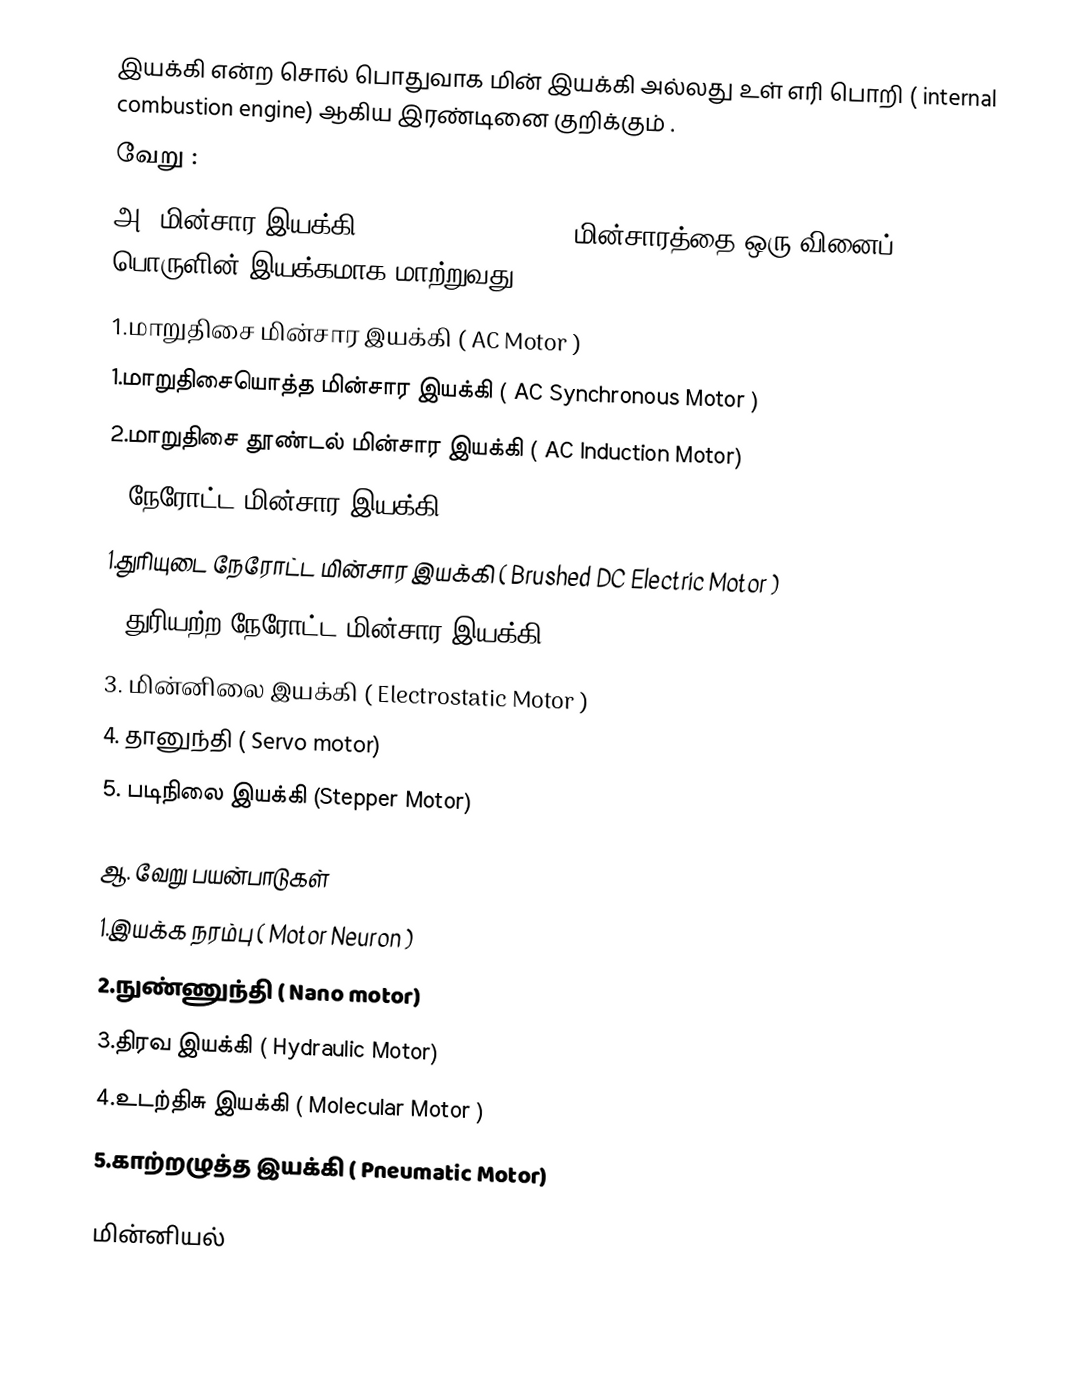
இயக்கி என்ற சொல் பொதுவாக மின் இயக்கி அல்லது உள் எரி பொறி ( internal combustion engine) ஆகிய இரண்டினை குறிக்கும்  .
வேறு :
அ. மின்சார இயக்கி ( Electric Motor ) ,  மின்சாரத்தை ஒரு வினைப் பொருளின் இயக்கமாக மாற்றுவது .
1.மாறுதிசை மின்சார இயக்கி ( AC Motor )
1.மாறுதிசையொத்த மின்சார இயக்கி ( AC Synchronous Motor )
2.மாறுதிசை தூண்டல் மின்சார இயக்கி  ( AC Induction Motor)
2.நேரோட்ட மின்சார இயக்கி ( DC Motor)
1.துரியுடை நேரோட்ட மின்சார இயக்கி  ( Brushed DC Electric Motor )
2.துரியற்ற நேரோட்ட மின்சார இயக்கி ( Brushless DC Electric Motor )
3. மின்னிலை இயக்கி ( Electrostatic Motor )
4. தானுந்தி ( Servo motor)
5. படிநிலை இயக்கி (Stepper Motor)

ஆ. வேறு பயன்பாடுகள்
1.இயக்க நரம்பு ( Motor Neuron )
2.நுண்ணுந்தி ( Nano motor)
3.திரவ இயக்கி ( Hydraulic Motor)
4.உடற்திசு இயக்கி ( Molecular Motor )
5.காற்றழுத்த இயக்கி ( Pneumatic Motor)

மின்னியல்